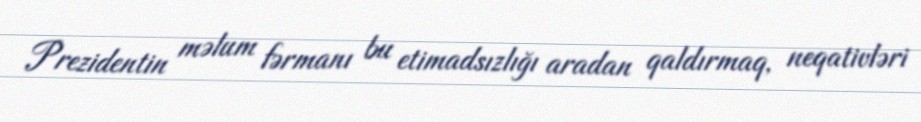
Prezidentin məlum fərmanı bu etimadsızlığı aradan qaldırmaq, neqativləri